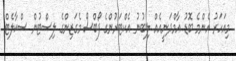
މިއަހަރު އެންމެ ބޮޑު އާމްދަނީއެއް ލިބުނު އެކްޓަރުންގެ ފޯބްސް މެގަޒިންގެ ލިސްޓުން ސްކާލެޓް